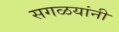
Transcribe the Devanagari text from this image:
सगळयांनी